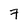
Character: 7